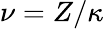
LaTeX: \nu=Z/\kappa